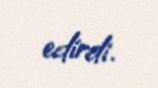
edirdi.